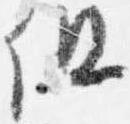
但